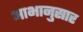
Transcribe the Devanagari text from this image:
आभानुसार